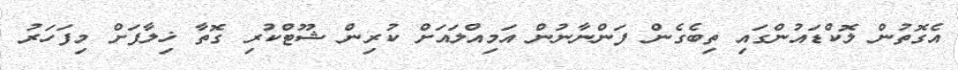
އެގޮތުން ލޮކްޑައުންގައި ތިބެގެން ފަންނާނުން އަމިއްލައަށް ކުރިން ޝޫޓްކުރި ގޮތާ ޚިލާފަށް މިފަހަރު